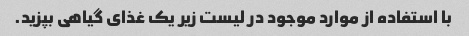
با استفاده از موارد موجود در لیست زیر یک غذای گیاهی بپزید.